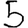
Digit: 5